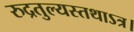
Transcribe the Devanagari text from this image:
रुद्रतुल्यस्तथाऽत्र।